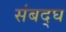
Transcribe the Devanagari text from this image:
संबद्घ